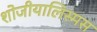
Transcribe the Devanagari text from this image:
शोजीयालिस्मस